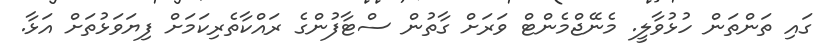
ގައި ތަންތަން ހުޅުވާލީ. މެނޭޖްމެންޓް ވަރަށް ގާތުން ސްޓާފުންގެ ރައްކާތެރިކަމަށް ފިޔަވަޅުތަށް އަޅާ.